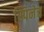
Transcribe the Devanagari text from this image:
स्पिनेच